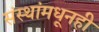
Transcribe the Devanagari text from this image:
संस्थांमधूनही